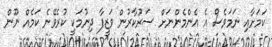
ކަމަށާއި ނަމަވެސް އެ އެންމެންނަށް ސަރުކާރުން ވަޒީފާ ދިނުމަކީ ކުރެވޭނެ ކަމެއް ނޫން